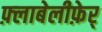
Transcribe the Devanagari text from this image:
फ़्लाबेलीफ़ेर्